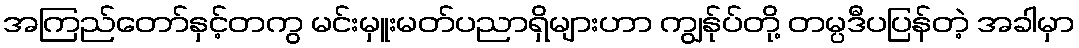
အကြည်တော်နှင့်တကွ မင်းမှူးမတ်ပညာရှိများဟာ ကျွန်ုပ်တို့ တမ္ပဒီပပြန်တဲ့ အခါမှာ